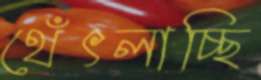
থেঁৎলাচ্ছি